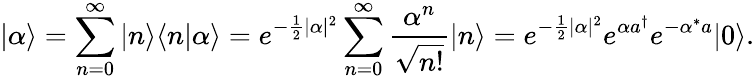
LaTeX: |\alpha\rangle=\sum_{n=0}^{\infty}|n\rangle\langle n|\alpha\rangle=e^{-{\frac{1}{2}}|\alpha|^{2}}\sum_{n=0}^{\infty}{\frac{\alpha^{n}}{\sqrt{n!}}}|n\rangle=e^{-{\frac{1}{2}}|\alpha|^{2}}e^{\alpha a^{\dagger}}e^{-{\alpha^{*}a}}|0\rangle.